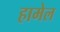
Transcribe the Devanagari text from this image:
हामेल